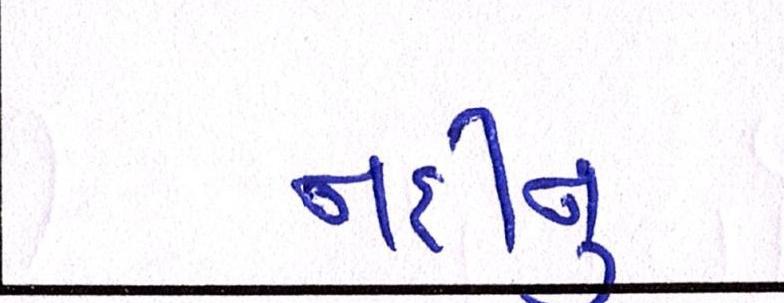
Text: નદીનું